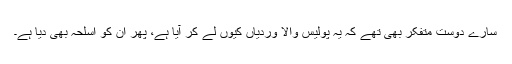
سارے دوست متفکر بھی تھے کہ یہ پولیس والا وردیاں کیوں لے کر آیا ہے، پھر ان کو اسلحہ بھی دیا ہے۔